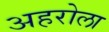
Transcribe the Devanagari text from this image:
अहरोला